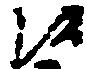
候